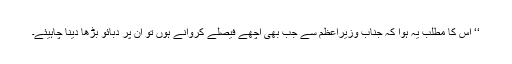
‘‘ اِس کا مطلب یہ ہوا کہ جنابِ وزیرِاعظم سے جب بھی اچھے فیصلے کروانے ہوں تو اُن پر دبائو بڑھا دینا چاہیئے۔